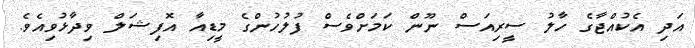
އަދި އެކުއްޖާގެ ހާލު ސީރިއަސް ނޫން ކަމަށްވެސް ފުލުހުންގެ މީޑިއާ އޮފިޝަލް ވިދާޅުވިއެވެ.